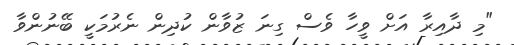
"މި ދާއިރާ އަށް ވީހާ ވެސް ގިނަ ޒުވާން ކުދިން ނެރުމަކީ ބޭނުންވާ